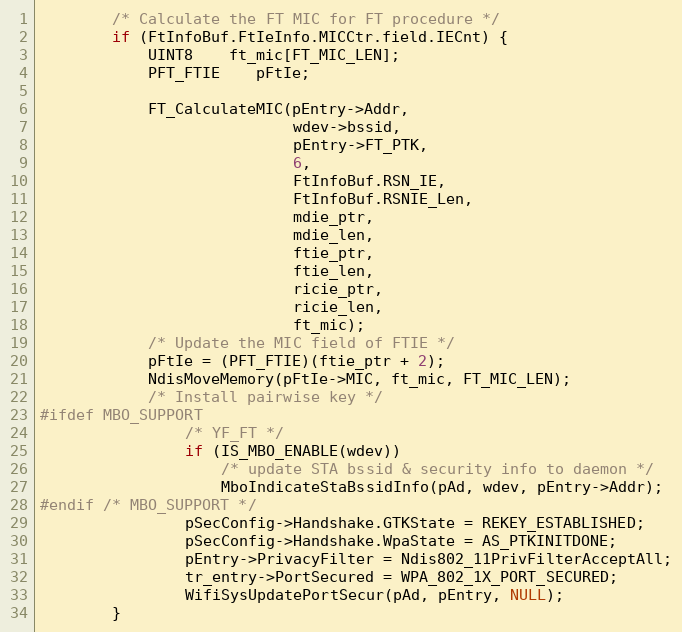
Language: C
		/* Calculate the FT MIC for FT procedure */
		if (FtInfoBuf.FtIeInfo.MICCtr.field.IECnt) {
			UINT8	ft_mic[FT_MIC_LEN];
			PFT_FTIE	pFtIe;

			FT_CalculateMIC(pEntry->Addr,
							wdev->bssid,
							pEntry->FT_PTK,
							6,
							FtInfoBuf.RSN_IE,
							FtInfoBuf.RSNIE_Len,
							mdie_ptr,
							mdie_len,
							ftie_ptr,
							ftie_len,
							ricie_ptr,
							ricie_len,
							ft_mic);
			/* Update the MIC field of FTIE */
			pFtIe = (PFT_FTIE)(ftie_ptr + 2);
			NdisMoveMemory(pFtIe->MIC, ft_mic, FT_MIC_LEN);
			/* Install pairwise key */
#ifdef MBO_SUPPORT
				/* YF_FT */
				if (IS_MBO_ENABLE(wdev))
					/* update STA bssid & security info to daemon */
					MboIndicateStaBssidInfo(pAd, wdev, pEntry->Addr);
#endif /* MBO_SUPPORT */
				pSecConfig->Handshake.GTKState = REKEY_ESTABLISHED;
				pSecConfig->Handshake.WpaState = AS_PTKINITDONE;
				pEntry->PrivacyFilter = Ndis802_11PrivFilterAcceptAll;
				tr_entry->PortSecured = WPA_802_1X_PORT_SECURED;
				WifiSysUpdatePortSecur(pAd, pEntry, NULL);
		}